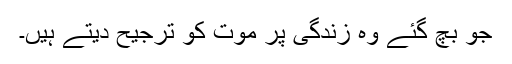
جو بچ گئے وہ زندگی پر موت کو ترجیح دیتے ہیں۔